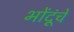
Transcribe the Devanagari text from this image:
भोंदूंचे